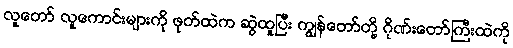
လူတော် လူကောင်းများကို ဖုတ်ထဲက ဆွဲထူပြီး ကျွန်တော်တို့ ဂိုဏ်းတော်ကြီးထဲကို